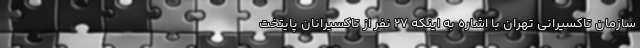
سازمان تاکسیرانی تهران با اشاره به اینکه ۲۷ نفر از تاکسیرانان پایتخت